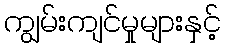
ကျွမ်းကျင်မှုများနှင့်